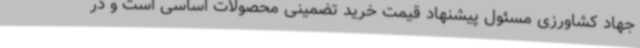
جهاد کشاورزی مسئول پیشنهاد قیمت خرید تضمینی محصولات اساسی است و در